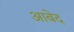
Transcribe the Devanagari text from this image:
अाबेद